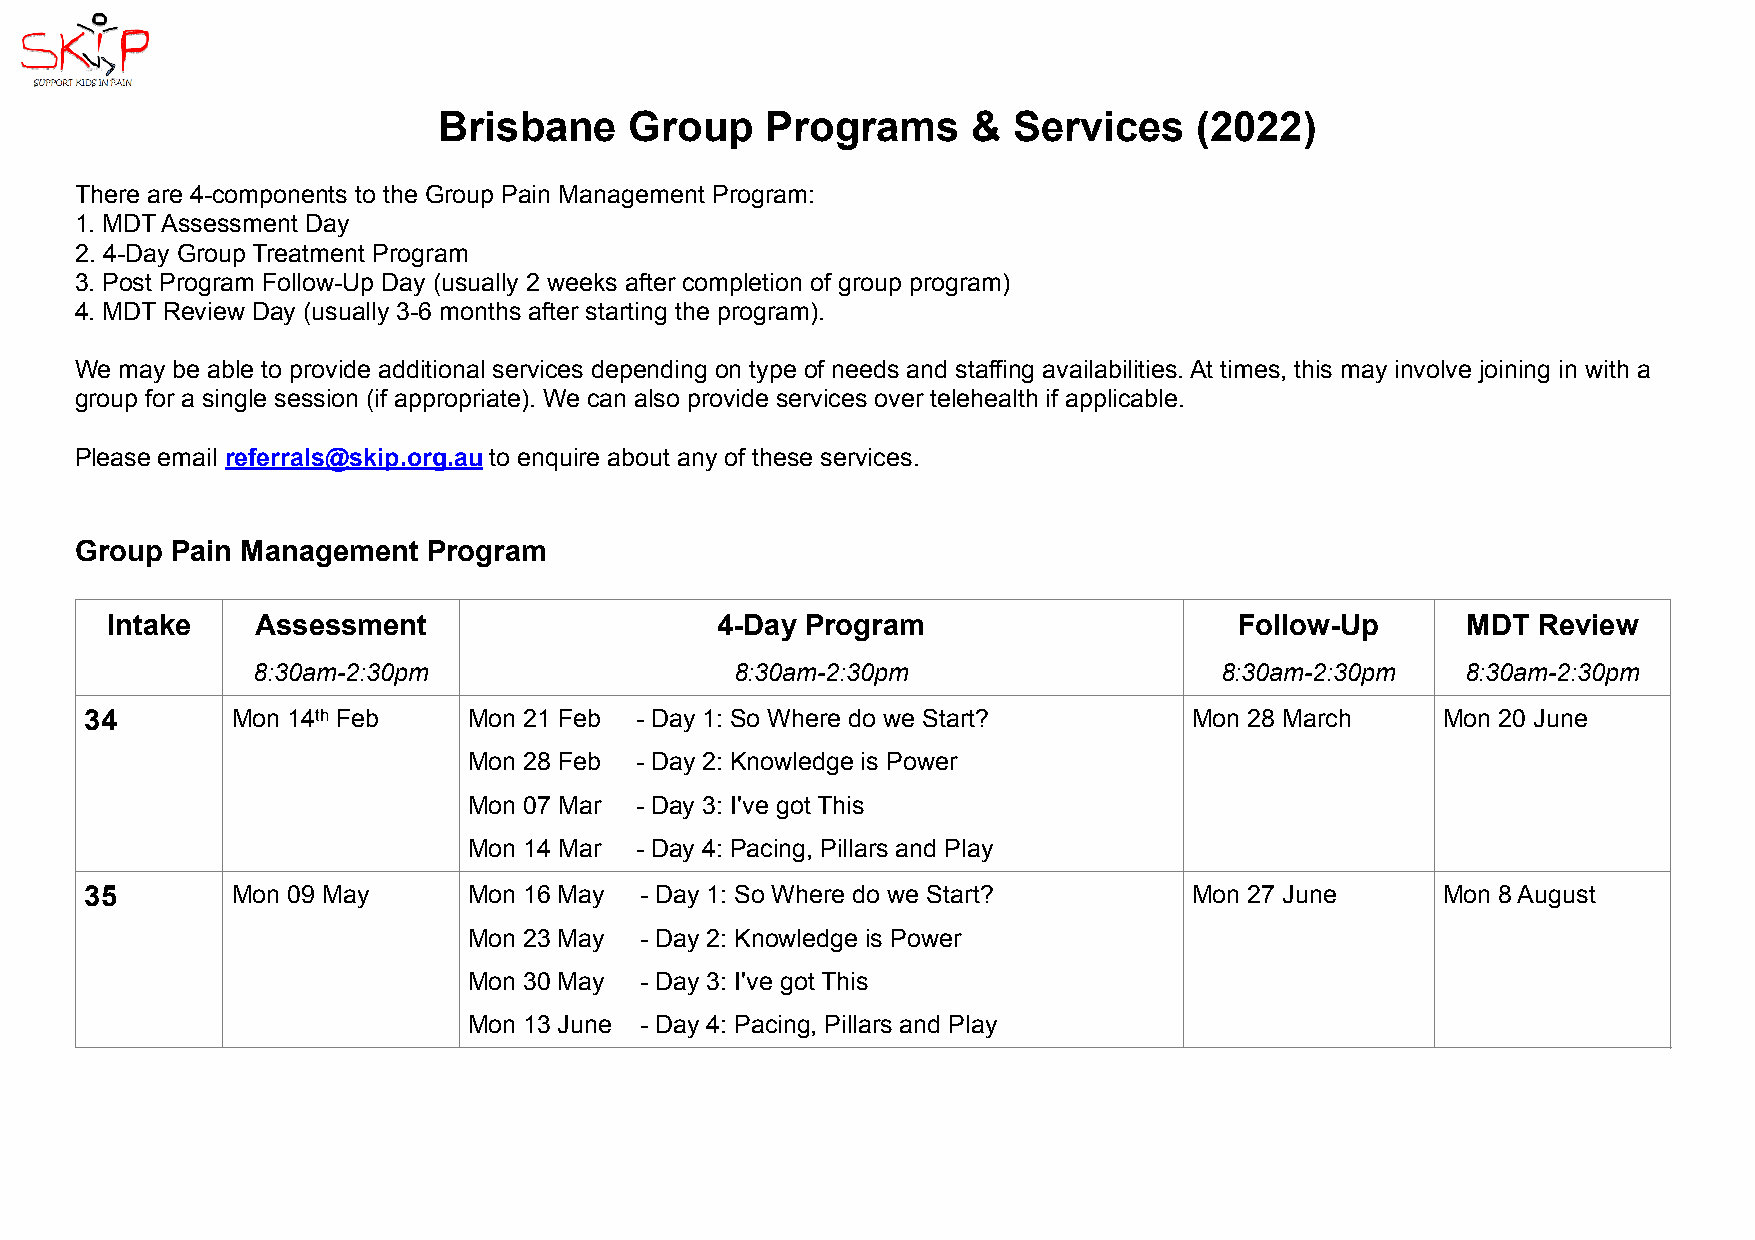
Brisbane     Group    Programs     &  Services    (2022)
 There are 4-components to the Group Pain Management Program:
 1. MDT Assessment Day
 2. 4-Day Group Treatment Program
 3. Post Program Follow-Up Day (usually 2 weeks after completion of group program)
 4. MDT Review Day (usually 3-6 months after starting the program).
 We may be able to provide additional services depending on type of needs and staffing availabilities. At times, this may involve joining in with a
 group for a single session (if appropriate). We can also provide services over telehealth if applicable.
 Please email referrals@skip.org.au to enquire about any of these services.
 Group Pain Management  Program
 Intake    Assessment                    4-Day Program                      Follow-Up      MDT  Review
 8:30am-2:30pm                   8:30am-2:30pm                   8:30am-2:30pm   8:30am-2:30pm
 34       Mon 14th Feb    Mon 21 Feb - Day 1: So Where do we Start?       Mon 28 March    Mon 20 June
 Mon 28 Feb - Day 2: Knowledge is Power
 Mon 07 Mar - Day 3: I've got This
 Mon 14 Mar - Day 4: Pacing, Pillars and Play
 35       Mon 09 May      Mon 16 May - Day 1: So Where do we Start?       Mon 27 June     Mon 8 August
 Mon 23 May - Day 2: Knowledge is Power
 Mon 30 May - Day 3: I've got This
 Mon 13 June - Day 4: Pacing, Pillars and Play